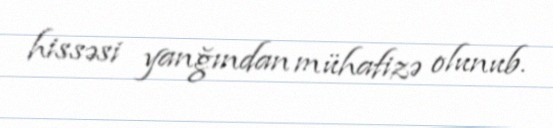
hissəsi yanğından mühafizə olunub.